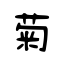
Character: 菊